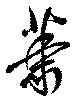
蕭